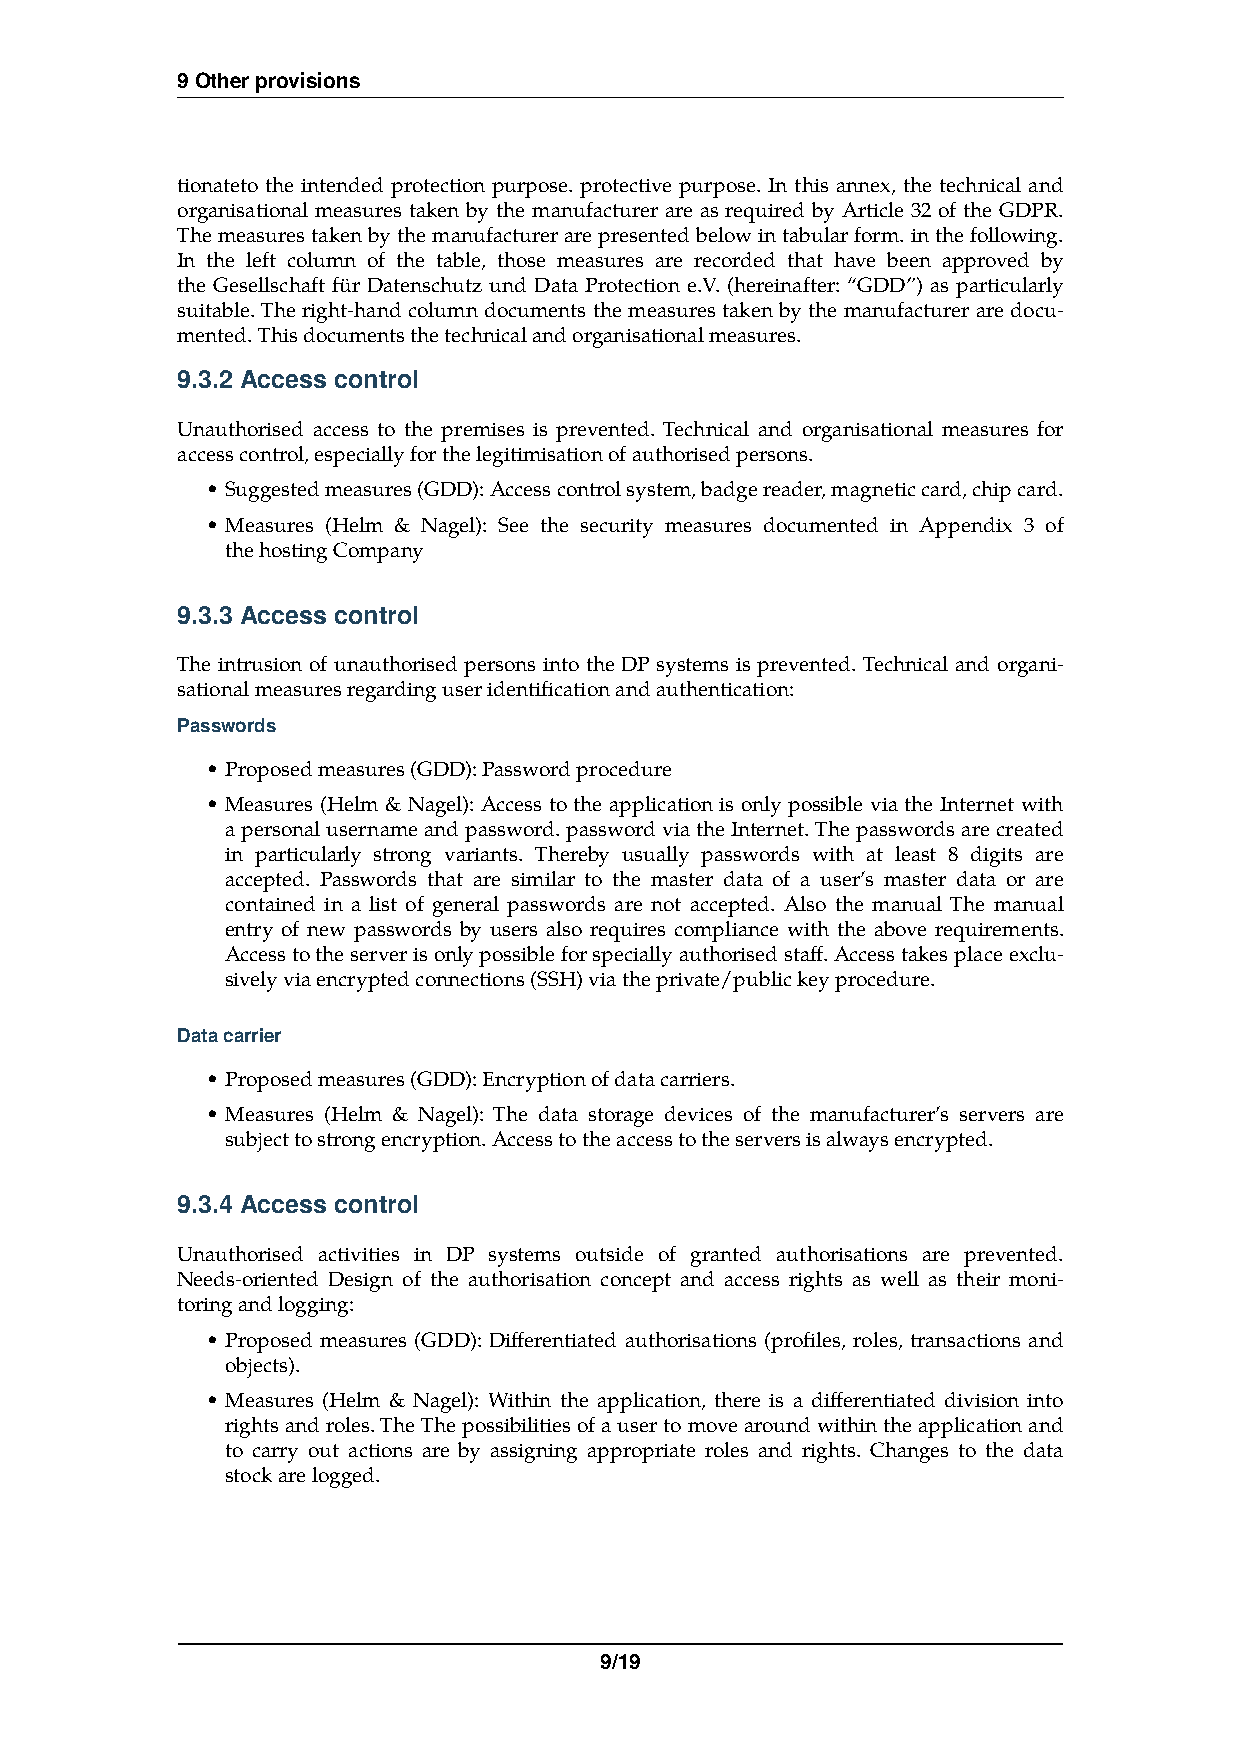
9 Other provisions
 tionateto the intended protection purpose. protective purpose. In this annex, the technical and
 organisational measures taken by the manufacturer are as required by Article 32 of the GDPR.
 The measures taken by the manufacturer are presented below in tabular form. in the following.
 In the left column of the table, those measures are recorded that have been approved by
 the Gesellschaft für Datenschutz und Data Protection e.V. (hereinafter: “GDD”) as particularly
 suitable. The right-hand column documents the measures taken by the manufacturer are docu-
 mented. This documents the technical and organisational measures.
 9.3.2 Access control
 Unauthorised access to the premises is prevented. Technical and organisational measures for
 access control, especially for the legitimisation of authorised persons.
 •Suggested measures (GDD): Access control system, badge reader, magnetic card, chip card.
 •Measures (Helm & Nagel): See the security measures documented in Appendix 3 of
 the hosting Company
 9.3.3 Access control
 The intrusion of unauthorised persons into the DP systems is prevented. Technical and organi-
 sational measures regarding user identification and authentication:
 Passwords
 •Proposed measures (GDD): Password procedure
 •Measures (Helm & Nagel): Access to the application is only possible via the Internet with
 a personal username and password. password via the Internet. The passwords are created
 in particularly strong variants. Thereby usually passwords with at least 8 digits are
 accepted. Passwords that are similar to the master data of a user’s master data or are
 contained in a list of general passwords are not accepted. Also the manual The manual
 entry of new passwords by users also requires compliance with the above requirements.
 Access to the server is only possible for specially authorised staff. Access takes place exclu-
 sively via encrypted connections (SSH) via the private/public key procedure.
 Data carrier
 •Proposed measures (GDD): Encryption of data carriers.
 •Measures (Helm & Nagel): The data storage devices of the manufacturer’s servers are
 subject to strong encryption. Access to the access to the servers is always encrypted.
 9.3.4 Access control
 Unauthorised activities in DP systems outside of granted authorisations are prevented.
 Needs-oriented Design of the authorisation concept and access rights as well as their moni-
 toring and logging:
 •Proposed measures (GDD): Differentiated authorisations (profiles, roles, transactions and
 objects).
 •Measures (Helm & Nagel): Within the application, there is a differentiated division into
 rights and roles. The The possibilities of a user to move around within the application and
 to carry out actions are by assigning appropriate roles and rights. Changes to the data
 stock are logged.
 9/19